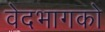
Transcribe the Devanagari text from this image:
वेदभागको